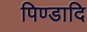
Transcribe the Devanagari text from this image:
पिण्डादि